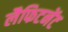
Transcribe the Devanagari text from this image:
लैफिटनेंट